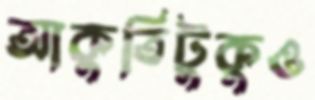
আকুতিটুকুও